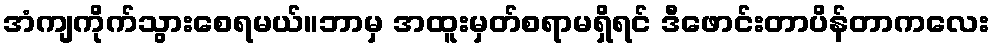
အံကျကိုက်သွားစေရမယ်။ဘာမှ အထူးမှတ်စရာမရှိရင် ဒီဖောင်းတာပိန်တာကလေး